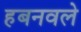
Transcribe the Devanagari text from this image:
हबनवले